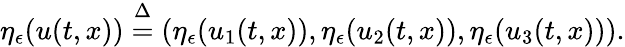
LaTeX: \eta_{\epsilon}(u(t,x))\overset{\Delta}{=}\left(\eta_{\epsilon}(u_{1}(t,x)),\eta_{\epsilon}(u_{2}(t,x)),\eta_{\epsilon}(u_{3}(t,x))\right).